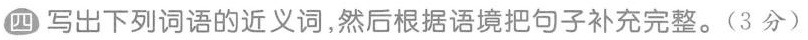
四写出下列词语的近义词，然后根据语境把句子补充完整。(3分)